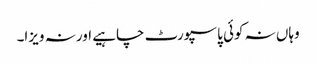
وہاں نہ کوئی پاسپورٹ چاہیے اور نہ ویزا۔